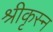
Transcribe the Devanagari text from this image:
श्रीकृस्‍न